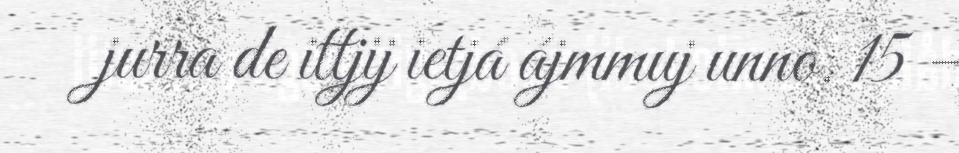
jurra de ittjij ietjá ájmmuj unno. 15 –